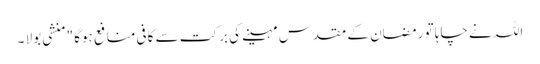
اللہ نے چاہا تو رمضان کے مقدس مہینے کی برکت سے کافی منافع ہوگا " منشی بولا ۔